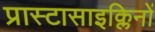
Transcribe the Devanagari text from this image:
प्रास्टासाइक्लिनों